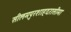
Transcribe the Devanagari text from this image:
सीलमपुरशाहदरासीमा